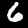
Digit: 6